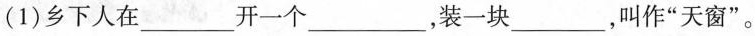
(1)乡下人在___开一个___，装一块___，叫作”天窗”。